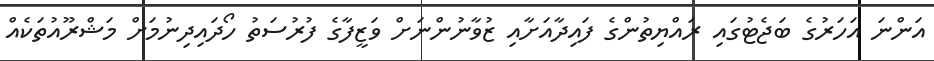
އަންނަ އަހަރުގެ ބަޖެޓުގައި ރައްޔިތުންގެ ފައިދާއަށާއި ޒުވާނުންނަށް ވަޒީފާގެ ފުުރުސަތު ހޯދައިދިނުމަށް މަޝްރޫއުތަކެއް